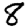
Digit: 8